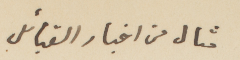
مثال من أخبار القبائل